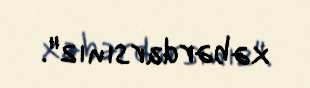
xəbərdarsınız".